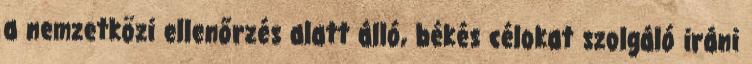
a nemzetközi ellenőrzés alatt álló, békés célokat szolgáló iráni